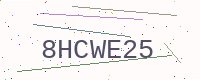
Text: 8HCWE25